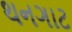
થનગાટ